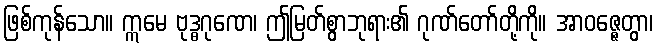
ဖြစ်ကုန်သော။ ဣမေ ဗုဒ္ဓဂုဏေ၊ ဤမြတ်စွာဘုရား၏ ဂုဏ်တော်တို့ကို။ အာဝဇ္ဇေတွာ၊